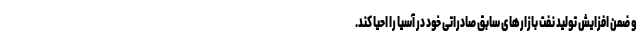
و ضمن افزایش تولید نفت بازارهای سابق صادراتی خود در آسیا را احیا کند.